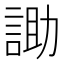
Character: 𮘑